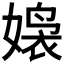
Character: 𮱒